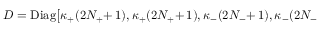
D = \mathrm { D i a g } \big [ \kappa _ { + } ( 2 N _ { + } { + } \, 1 ) , \kappa _ { + } ( 2 N _ { + } { + } \, 1 ) , \kappa _ { - } ( 2 N _ { - } { + } \, 1 ) , \kappa _ { - } ( 2 N _ { - }